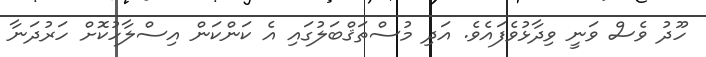
ހޫދު ވެސް ވަނީ ވިދާޅުވެފައެވެ. އަދި މުސްތަޤްބަލުގައި އެ ކަންކަން އިސްލާހުކޮށް ހަރުދަނާ